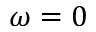
\omega = 0